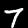
Label: 7